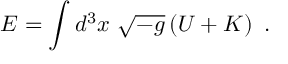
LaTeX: E = \int d ^ { 3 } x \ \sqrt { - g } \left( { \cal U } + { \cal K } \right) \ .